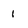
Character: 1